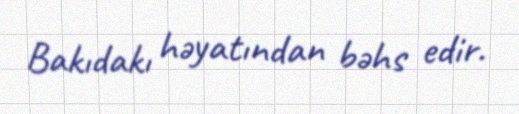
Bakıdakı həyatından bəhs edir.